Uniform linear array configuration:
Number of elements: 32
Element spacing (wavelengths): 0.75
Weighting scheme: hann
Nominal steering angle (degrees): -15
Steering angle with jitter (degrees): -15.209
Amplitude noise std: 0.05
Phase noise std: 0.05

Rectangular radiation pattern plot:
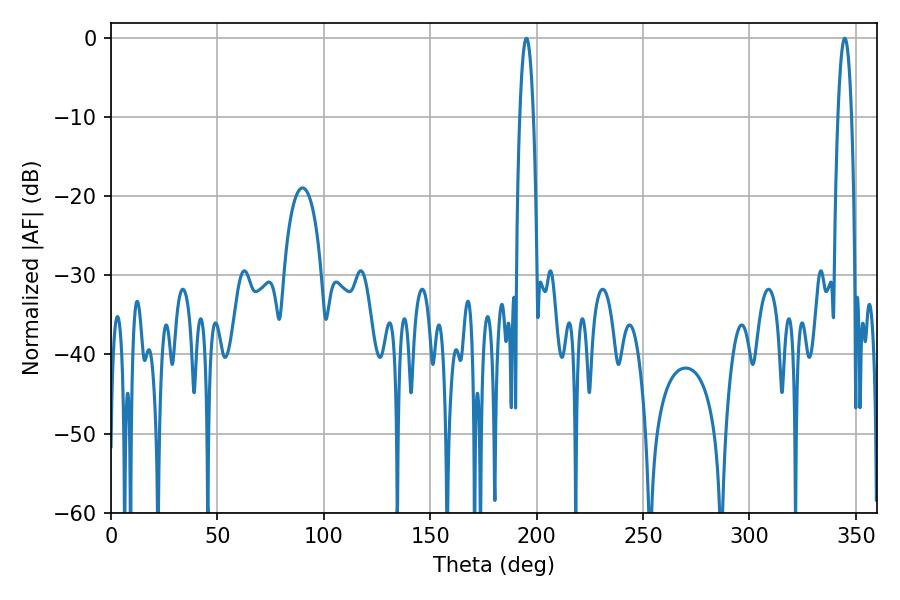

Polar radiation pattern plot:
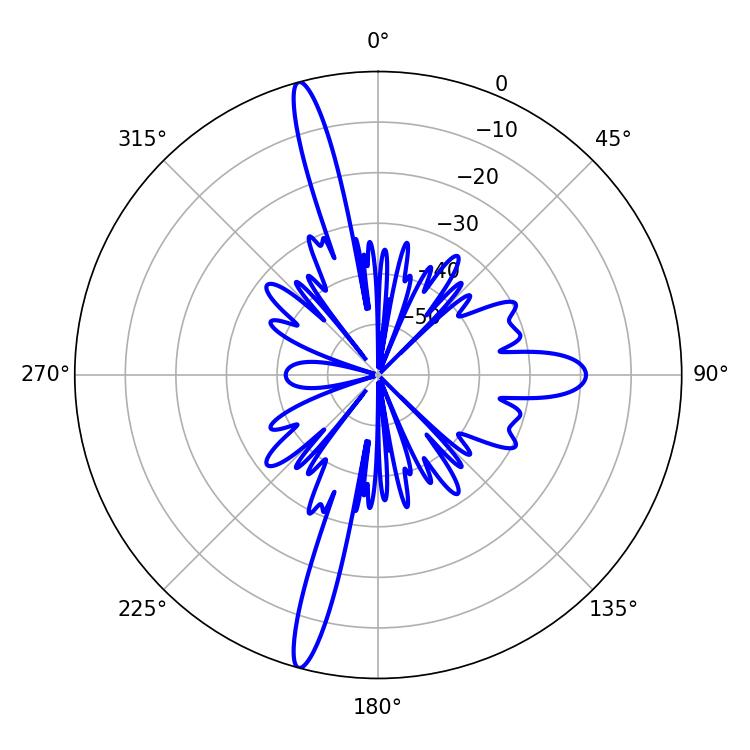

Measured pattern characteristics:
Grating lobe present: TRUE
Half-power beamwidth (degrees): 3.42
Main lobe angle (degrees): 195.12